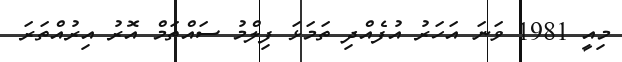
މިއީ 1981 ވަނަ އަހަރު އުފެއްދި ތަމަޅަ ފިލްމު ސައްތަމް އޮރު އިރުއްތަރަ